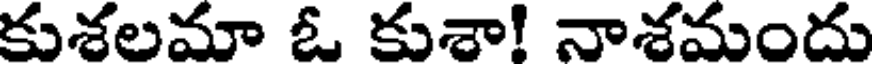
కుశలమా ఓ కుశా! నాశమందు